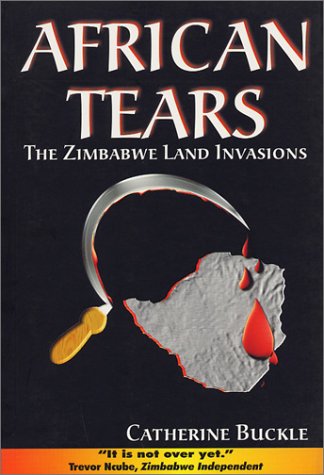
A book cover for African Tears: The Zimbabwe Land Invasions; Catherine Buckle; History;